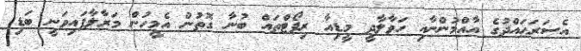
އެސަރަޙައްދުގެ އާއްމުންނާއި ހަވާލާދީ މީޑިއާ ރިޕޯޓްތައް ބުނާ ގޮތުން އެމީހުން މަރާލާފައިވަނީ ބަޑި